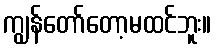
ကျွန်တော်တော့မထင်ဘူး။